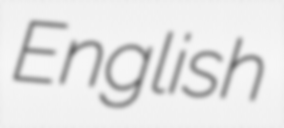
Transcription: English